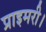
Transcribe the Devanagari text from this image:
प्राइमरी।